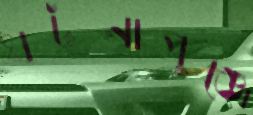
ঘটনাপুঞ্জে